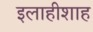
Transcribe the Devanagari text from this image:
इलाहीशाह